system: You are a helpful assistant.
user:
Analyze the provided spectrum to determine if it is a **Carbon Star (C-type)**.

- **Key Visual Indicators of Carbon Star:**
    - **(Primary):** Strong molecular absorption from **C₂ (diatomic carbon) "Swan Bands."** This is the **defining feature** of a carbon star.
        - **(Key Bandheads):** Sharp absorption edges are visible at approximately $5635$ Å, $5165$ Å (the strongest band), and $4737$ Å.
        - **(Line Profile):** Creates a distinct **"saw-tooth"** pattern. The key morphology is a sharp, steep bandhead on the **red (long-wavelength) side**, which then gradually tapers off (i.e., flux recovers) towards the **blue (short-wavelength) side**. *(This is the direct opposite of the TiO bands seen in M-type stars)*.

    - **(Secondary):** Intense **CN (cyanogen)** molecular absorption bands.
        - **(Key Bandheads):** Located in the blue and violet regions of the spectrum (e.g., near $4215$ Å and $3883$ Å).
        - **(Morphology):** These bands are extremely broad and act as a "blanket," absorbing the vast majority of blue and violet light. This creates a characteristic **"cliff"** or **"steep drop-off"** in the spectrum's flux at short wavelengths.

    - **(Key Confirmation):** Strong **CH absorption band (G-band)**.
        - **(Key Bandhead):** Located around $4300$ Å. The contribution from CH molecules to this band is exceptionally strong.

    - **(Overall Spectrum):**
        - The continuum is severely "chopped up" by these deep molecular bands, especially C₂, rather than appearing as a smooth curve.
        - Due to the heavy CN and C₂ absorption in the blue-green, the vast majority of the star's flux is concentrated in the red part of the spectrum, giving the star its characteristic deep red color.

Think first, call **spectral_visualization_tool** if needed to examine features in detail, then provide your final answer. Your response must adhere to the following strict rules:
1.  **Overall Structure:** Your response must follow the format `<think>...</think> <tool_call>...</tool_call> (if a tool is used) <answer>...</answer>`.
2.  **Tool Usage Constraint:** You may only make **one** tool call per turn.
3.  **Final Answer Format:** In the `<answer>` tag, your conclusion must be inside a `\boxed{}` command (e.g., `\boxed{YES}`), followed by your justification.

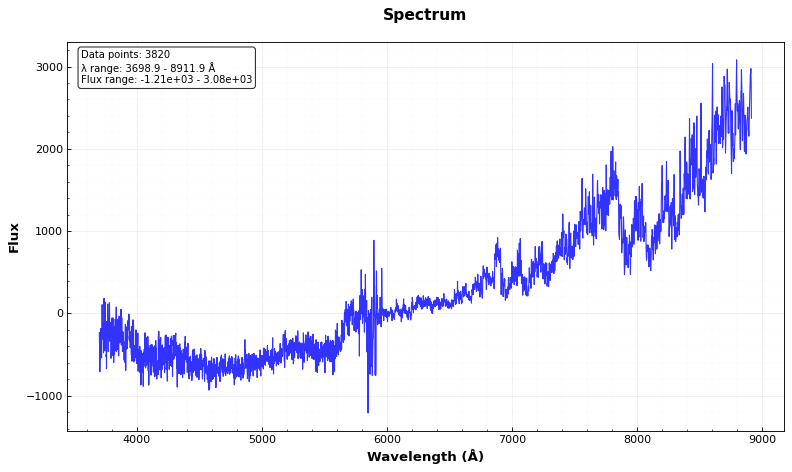
Answer: YES